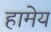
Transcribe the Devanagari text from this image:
हामेय